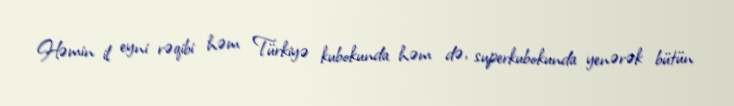
Həmin il eyni rəqibi həm Türkiyə kubokunda həm də, superkubokunda yenərək bütün